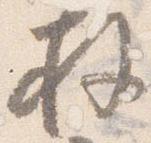
拝